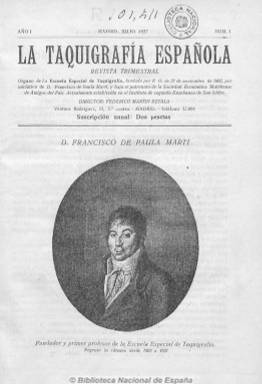
Título: La Taquigrafía española
Colección: Taquigrafía
Ámbito geográfico: Madrid
Lugar de publicación: Madrid
Fechas: 01/07/1927-31/01/1930

Órgano de información de la Escuela Especial de Taquigrafía, creada en 1802 bajo el patronato de la Sociedad Económica Matritense de Amigos del País y establecida en esta época en el Instituto de Segunda Enseñanza de San Isidro, de Madrid. En sus primeros números dedica un espacio para recordar a Francisco de Paula Martí, fundador en 1802 de la taquigrafía española. Se dedica a informar sobre la actividad de la escuela (profesorado, alumnado, exámenes, etc.). Incluye ejercicios prácticos, una revista de prensa y otra de bibliografía, algunos epigramas y anuncios comerciales, además de noticias varias sobre actos, congresos y certámenes de taquigrafía, estenografía y mecanografía, y sobre profesionales del Congreso de los Diputados, taquígrafos periodistas, radiotelefonistas y taquígrafos comerciales. De periodicidad trimestral, y de 12 a 20 páginas, es dirigida por Federico Martín Eztala, e incluye retratos de profesores y alumnos.